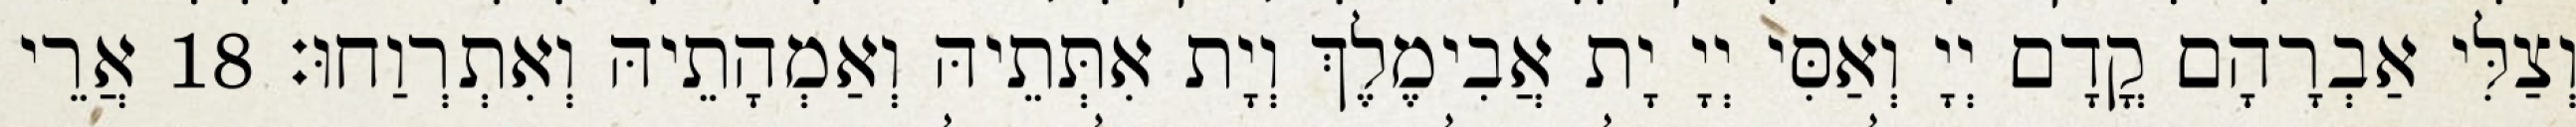
וְצַלִּי אַבְרָהָם קֳדָם יְיָ וְאַסִּי יְיָ יָת אֲבִימֶלֶךְ וְיָת אִתְּתֵיהּ וְאַמְהָתֵיהּ וְאִתְרְוַחוּ׃ 18 אֲרֵי